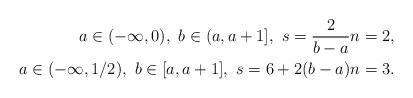
LaTeX: \begin{align*} a \in (-\infty, 0),~ b \in (a, a+1],~ s = {2\over b-a} & n = 2, \\a \in (-\infty, 1/2), ~ b \in [a, a+1], ~ s = {6 + 2(b-a)} & n = 3.\end{align*}